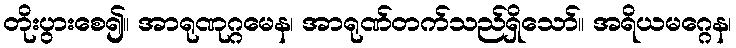
တိုးပွားစေ၍။ အာရုဏုဂ္ဂမေန၊ အာရုဏ်တက်သည်ရှိသော်။ အရိယမဂ္ဂေန၊